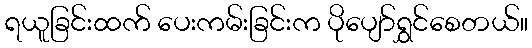
ရယူခြင်းထက် ပေးကမ်းခြင်းက ပိုပျော်ရွှင်စေတယ်။